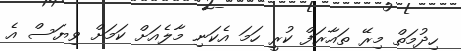
ހިދުމަތް މިރޭ ތައާރަފް ކުރީ ހަމަ އެކަނި މާލެއަށް ކަމަށް ވިޔަސް އެ